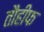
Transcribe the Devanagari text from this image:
तौहीफ